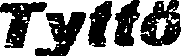
Tyttö